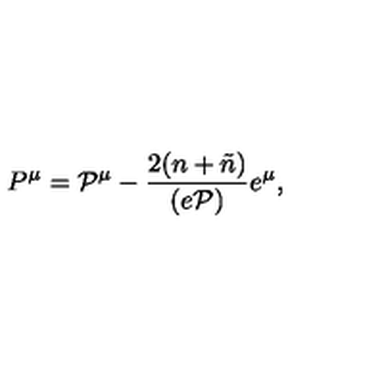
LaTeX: P ^ { \mu } = { \cal P } ^ { \mu } - \frac { 2 ( n + \tilde { n } ) } { ( e { \cal P } ) } e ^ { \mu } ,